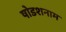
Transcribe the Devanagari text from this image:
षोडशनाम